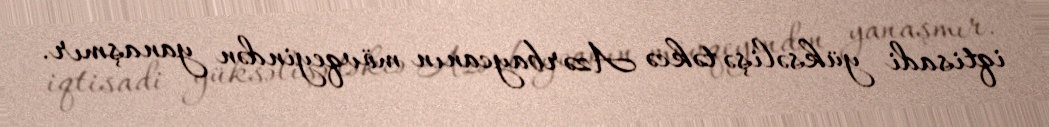
iqtisadi yüksəlişə təkcə Azərbaycanın mövqeyindən yanaşmır.